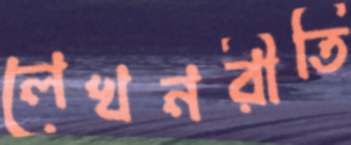
লেখনরীতি